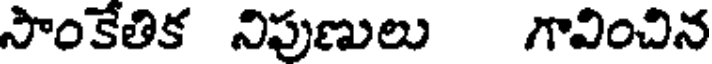
సాంకేతిక నిపుణులు గావించిన